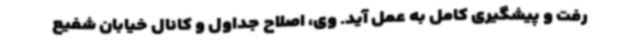
رفت و پیشگیری کامل به عمل آید. وی، اصلاح جداول و کانال خیابان شفیع